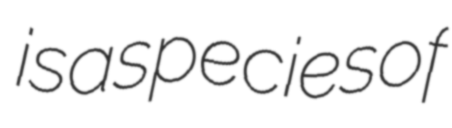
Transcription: is a species of